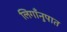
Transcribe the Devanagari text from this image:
लिगाँनुपात